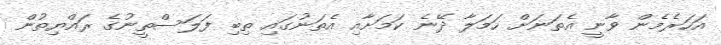
އަހަރެމެން ވާނީ އެތަނަށް ހަމަލާ ދޭނެ ކަމަށާއި އެތަނުގައި ތިބި ފަލަސްތީނުގެ ރައްޔިތުން